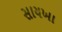
સાયખા